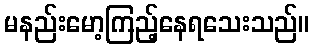
မနည်းမော့ကြည့်နေရသေးသည်။